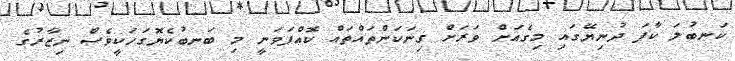
ކަނބުލަ ކާފަ ދުނިޔޭގައި މިގެއަށް ވަރަށް ގިނަކަންތައްތައް ކޮއްފަވަނީ މި ބަނބުކެޔޮގަހަކީވެސް ނިޒާރުގެ